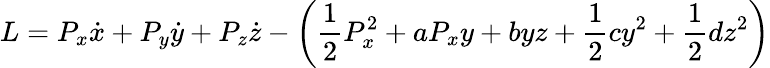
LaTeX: L=P_{x}\dot{x}+P_{y}\dot{y}+P_{z}\dot{z}-\left(\frac{1}{2}P_{x}^{2}+aP_{x}y+byz+\frac{1}{2}cy^{2}+\frac{1}{2}dz^{2}\right)